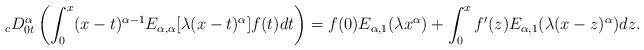
LaTeX: \begin{align*}_cD_{0t}^{\alpha}\left(\int_0^x (x-t)^{\alpha-1}E_{\alpha, \alpha}[\lambda(x-t)^{\alpha}]f(t)dt\right) & = f(0)E_{\alpha, 1}(\lambda x^{\alpha}) + \int_0^xf'(z)E_{\alpha, 1} (\lambda (x-z)^{\alpha})dz.\end{align*}